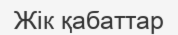
Жік қабаттар